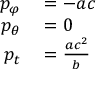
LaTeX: \begin{array} { r l } { p _ { \varphi } } & { { } = - a c } \\ { p _ { \theta } } & { { } = 0 } \\ { p _ { t } } & { { } = { \frac { a c ^ { 2 } } { b } } } \end{array}